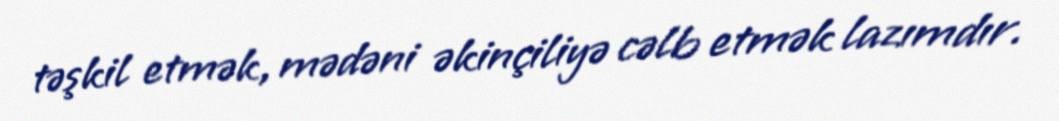
təşkil etmək, mədəni əkinçiliyə cəlb etmək lazımdır.